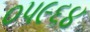
૦૫૯૬૪